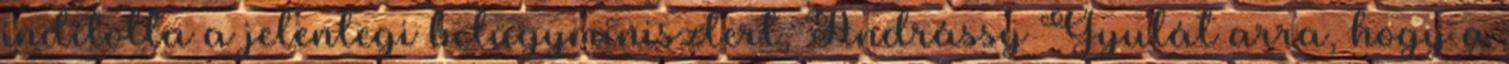
indította a jelenlegi belügyminisztert, Andrássy Gyulát arra, hogy a